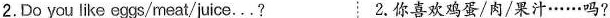
2.Do you like eggs/meat/juice...? 2.你喜欢鸡蛋/肉/果汁……吗?